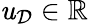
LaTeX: \mathit{u}_{\mathcal{{D}}}\in\mathbb{{R}}